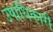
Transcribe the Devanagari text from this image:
उपाधिकारी